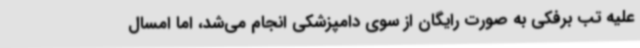
علیه تب برفکی به صورت رایگان از سوی دامپزشکی انجام می‌شد، اما امسال